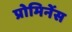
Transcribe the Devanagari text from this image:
प्रोमिनेंस